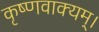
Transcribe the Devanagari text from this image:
कृष्णवाक्यम्।